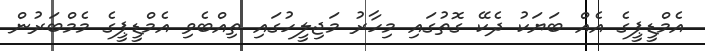
އެމްޑީޕީގެ އެއް ބަޔަކު ދެކޭ ގޮތުގައި މިހާރު މަޖިލީހުގައި ތިއްބެވި އެމްޑީޕީގެ މެމްބަރުން